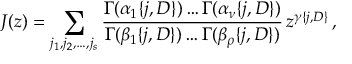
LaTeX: J ( z ) = \sum _ { j _ { 1 } , j _ { 2 } , \dots , j _ { s } } \frac { \Gamma ( \alpha _ { 1 } \{ j , D \} ) \dots \Gamma ( \alpha _ { \nu } \{ j , D \} ) } { \Gamma ( \beta _ { 1 } \{ j , D \} ) \dots \Gamma ( \beta _ { \rho } \{ j , D \} ) } \, z ^ { \gamma \{ j , D \} } \, ,